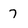
Character: 7